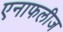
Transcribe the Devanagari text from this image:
एनाफलीज